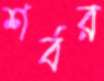
শর্বর